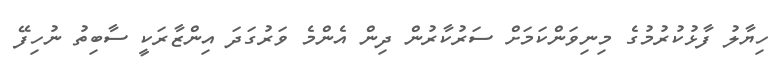
ހިޔާލު ފާޅުކުރުމުގެ މިނިވަންކަމަށް ސަރުކާރުން ދިން އެންމެ ވަރުގަދަ އިންޒާރަކީ ސާބިތު ނުހިފޭ